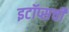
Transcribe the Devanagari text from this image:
इटॉप्सची